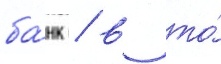
ба́нк / в то́